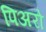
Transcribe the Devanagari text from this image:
पिअरो